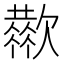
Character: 𣤬